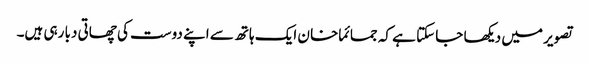
تصویر میں دیکھا جا سکتا ہے کہ جمائما خا ن ایک ہاتھ سے اپنے دوست کی چھاتی دبا رہی ہیں۔